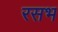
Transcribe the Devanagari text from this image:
रसभ